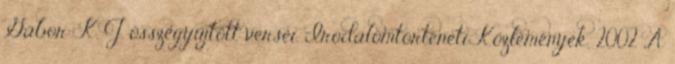
Gábor: K. J. összegyűjtött versei. Irodalomtörténeti Közlemények, 2002 „A